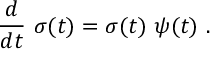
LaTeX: { \frac { d } { d t } } \ \sigma ( t ) = \sigma ( t ) \ \psi ( t ) \ .